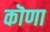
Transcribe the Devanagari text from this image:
कॊणा